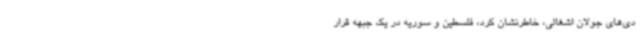
دی‌های جولان اشغالی، خاطرنشان کرد، فلسطین و سوریه در یک جبهه قرار